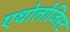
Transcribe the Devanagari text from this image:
एथोलोजिस्ट